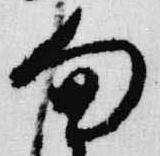
旬